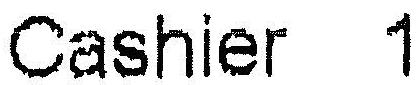
CASHIER 1